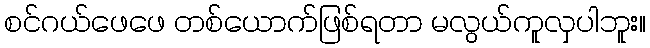
စင်ဂယ်ဖေဖေ တစ်ယောက်ဖြစ်ရတာ မလွယ်ကူလှပါဘူး။